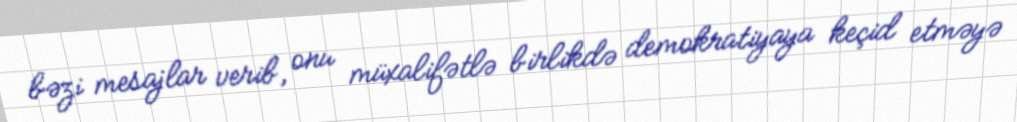
bəzi mesajlar verib, onu müxalifətlə birlikdə demokratiyaya keçid etməyə